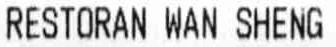
RESTORAN WAN SHENG